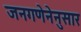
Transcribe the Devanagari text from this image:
जनगणेनेनुसार